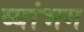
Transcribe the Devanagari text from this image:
व्यांभग